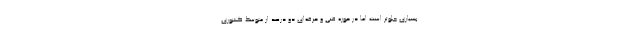
بسیاری جلوتر است اما در حوزه فنی و حرفه‌ای دو درصد از متوسط کشوری